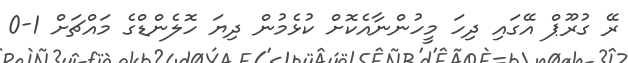
ރޭ ގުރޫޕް އޭގައި ދިހަ މީހުންނާއެކޮށް ކުޅެމުން ދިޔަ ހޮލެންޑްގެ މައްޗަށް 1-0